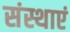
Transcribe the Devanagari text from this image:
संस्थाएं